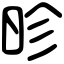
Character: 昣